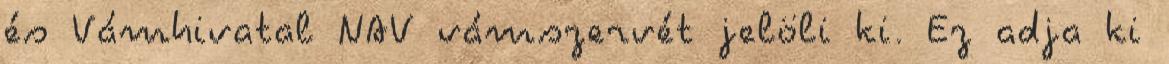
és Vámhivatal NAV vámszervét jelöli ki. Ez adja ki